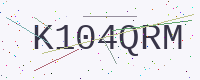
Text: K104QRM